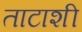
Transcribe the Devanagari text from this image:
ताटाशी